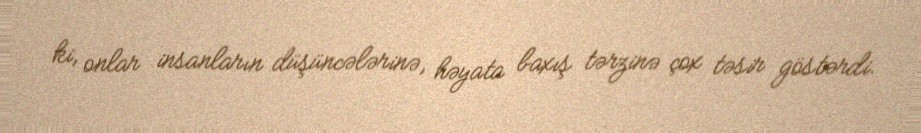
ki, onlar insanların düşüncələrinə, həyata baxış tərzinə çox təsir göstərdi.